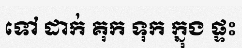
ទៅ ដាក់ គុក ទុក ក្នុង ផ្ទះ